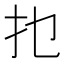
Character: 𰒹